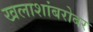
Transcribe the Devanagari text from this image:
खलाशांबरोबर